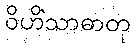
ဝိဟိံသာဓာတု